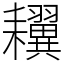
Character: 𦔫